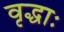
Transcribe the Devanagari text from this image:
वृद्धाः